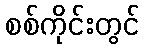
စစ်ကိုင်းတွင်